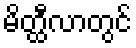
မိတ္ထီလာတွင်